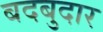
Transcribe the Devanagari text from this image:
बदबुदार